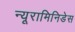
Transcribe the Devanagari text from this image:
न्यूरामिनिडेस